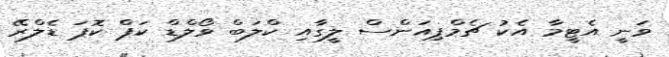
ވަނީ އެޓީމާ އެކު ޗެމްޕިއަންސް ލީގާއި ކްލަބް ވޯލްޑް ކަޕް ކޮޕަ ޑެލްރޭ